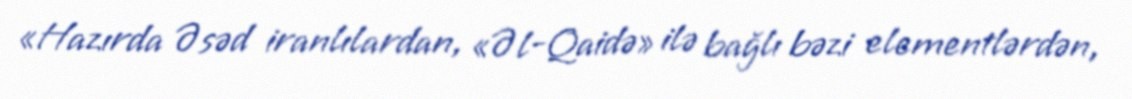
«Hazırda Əsəd iranlılardan, «Əl-Qaidə» ilə bağlı bəzi elementlərdən,